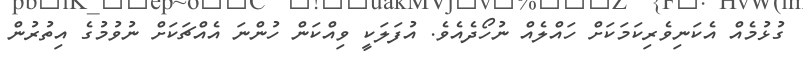
ގުޅުމެއް އެކަނިވެރިކަމަކަށް ހައްލެއް ނުހޯދެއެވެ. އުފަލަކީ ވިއްކަން ހުންނަ އެއްޗަކަށް ނުވުމުގެ އިތުރުން